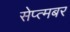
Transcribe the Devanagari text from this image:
सेप्त्मबर